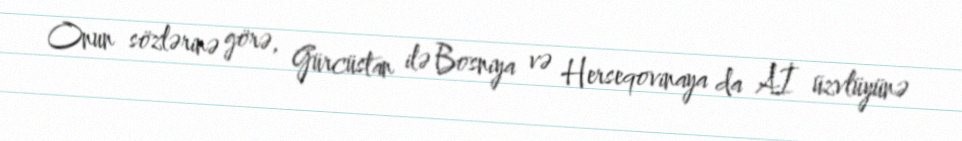
Onun sözlərinə görə, Gürcüstan ilə Bosniya və Herseqovinaya da Aİ üzvlüyünə